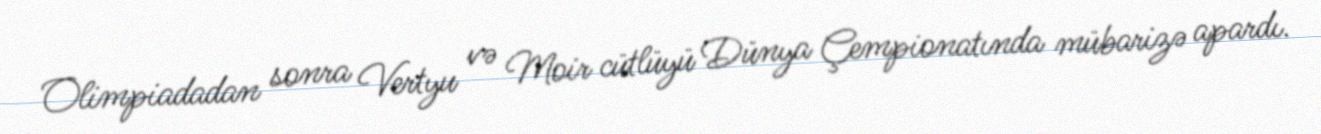
Olimpiadadan sonra Vertyu və Moir cütlüyü Dünya Çempionatında mübarizə apardı.